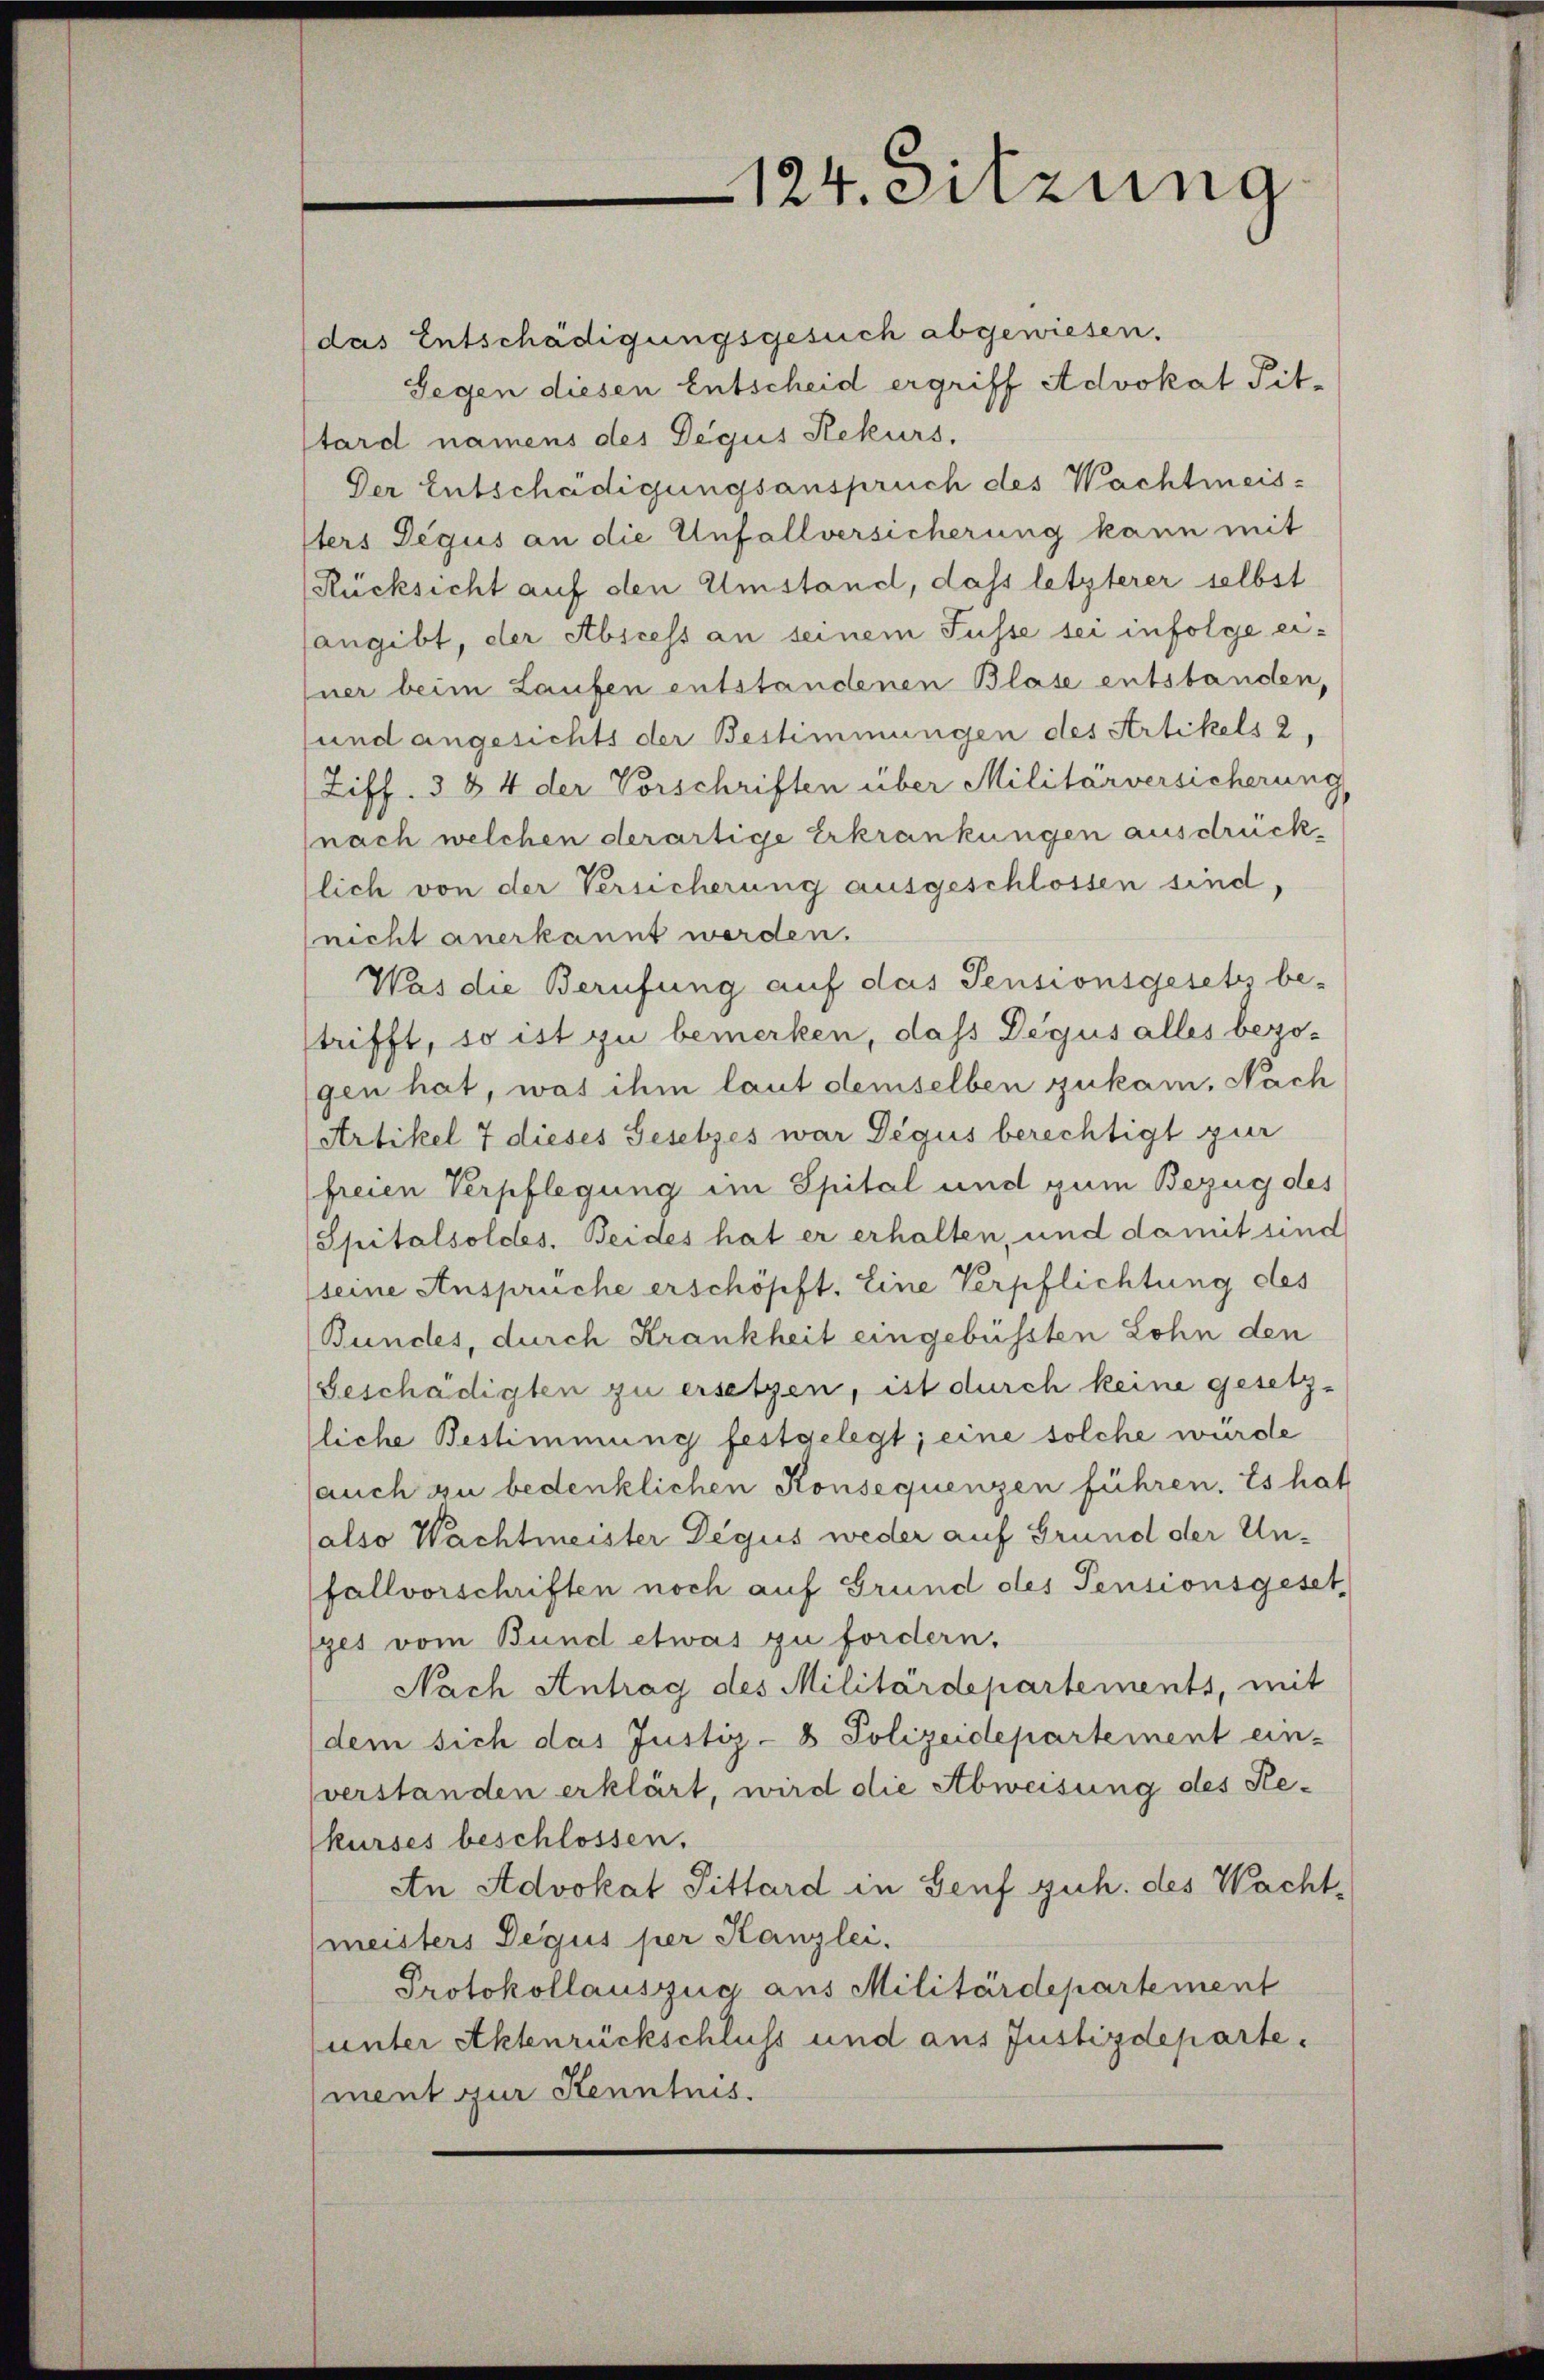
das Entschädigungsgesuch abgewiesen.
Gegen diesen Entscheid ergriff Advokat Pit-
stard namens des Degus Rekurs,
Der Entschädigungsanspruch des Wachtmeissters Degus an die Unfallversicherung kann mit
Rücksicht auf den Umstand, dass letzterer selbst
angibt, der Abscess an seinem Fusse sei infolge einer beim Laufen entstandenen Blase entstanden,
und angesichts der Bestimmungen des Artikels 2,
Ziff. 3 § 4 der Vorschriften über Militärversicherung,
(nach welchen derartige Erkrankungen ausdrücklich von der Versicherung ausgeschlossen sind,
(nicht anerkannt werden.
Was die Berufung auf das Pensionsgesetz be-
trifft, so ist zu bemerken, dass Degus alles bezogen hat, was ihm laut demselben zukam, Nach
Artikel 7 dieses Gesetzes war Degus berechtigt zur
freien Verpflegung im Spital und zum Bezug des
Spitalsoldes. Beides hat er erhalten, und damit sind
(seine Ansprüche erschöpft. Eine Verpflichtung des
Bundes, durch Krankheit eingebüssten Lohn den
Geschädigten zu ersetzen, ist durch keine gesetz-
liche Bestimmung festgelegt; eine solche wurde
auch zu bedenklichen Konsequenzen führen. Es hat
also Wachtmeister Degus weder auf Grund der Unfallvorschriften noch auf Grund des Pensionsgeset
ges vom Bund etwas zu fordern.
Nach Antrag des Militärdepartements, mit
dem sich das Justiz- & Polizeidepartement ein-
verstanden erklärt, wird die Abweisung des Rekurses beschlossen.
An Advokat Pittard in Genf zuh. des Wacht¬
(meisters Degus per Kanzlei.
Protokollauszug aus Militärdepartement
unter Aktenrückschluss und aus Justizdeparte.
ment zur Kenntnis.

124. sitzung